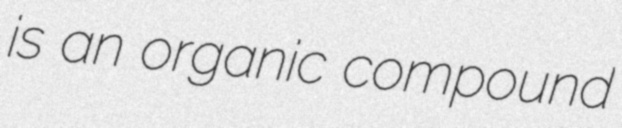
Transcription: is an organic compound